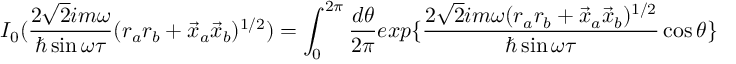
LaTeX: I _ { 0 } ( \frac { 2 \sqrt { 2 } i m \omega } { \hbar \sin \omega \tau } ( r _ { a } r _ { b } + \vec { x } _ { a } \vec { x } _ { b } ) ^ { 1 / 2 } ) = \int _ { 0 } ^ { 2 \pi } \frac { d \theta } { 2 \pi } e x p \{ \frac { 2 \sqrt { 2 } i m \omega ( r _ { a } r _ { b } + \vec { x } _ { a } \vec { x } _ { b } ) ^ { 1 / 2 } } { \hbar \sin \omega \tau } \cos \theta \}